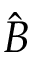
\hat { B }